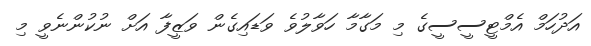
އަދުހަމް އެމްޓީސީސީގެ މި މަގާމާ ހަވާލުވެ ވަޑައިގެން ވަޒީފާ އަށް ނުކުންނެވީ މި